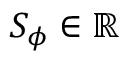
S _ { \phi } \in \mathbb { R }